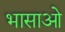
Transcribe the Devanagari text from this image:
भासाओ